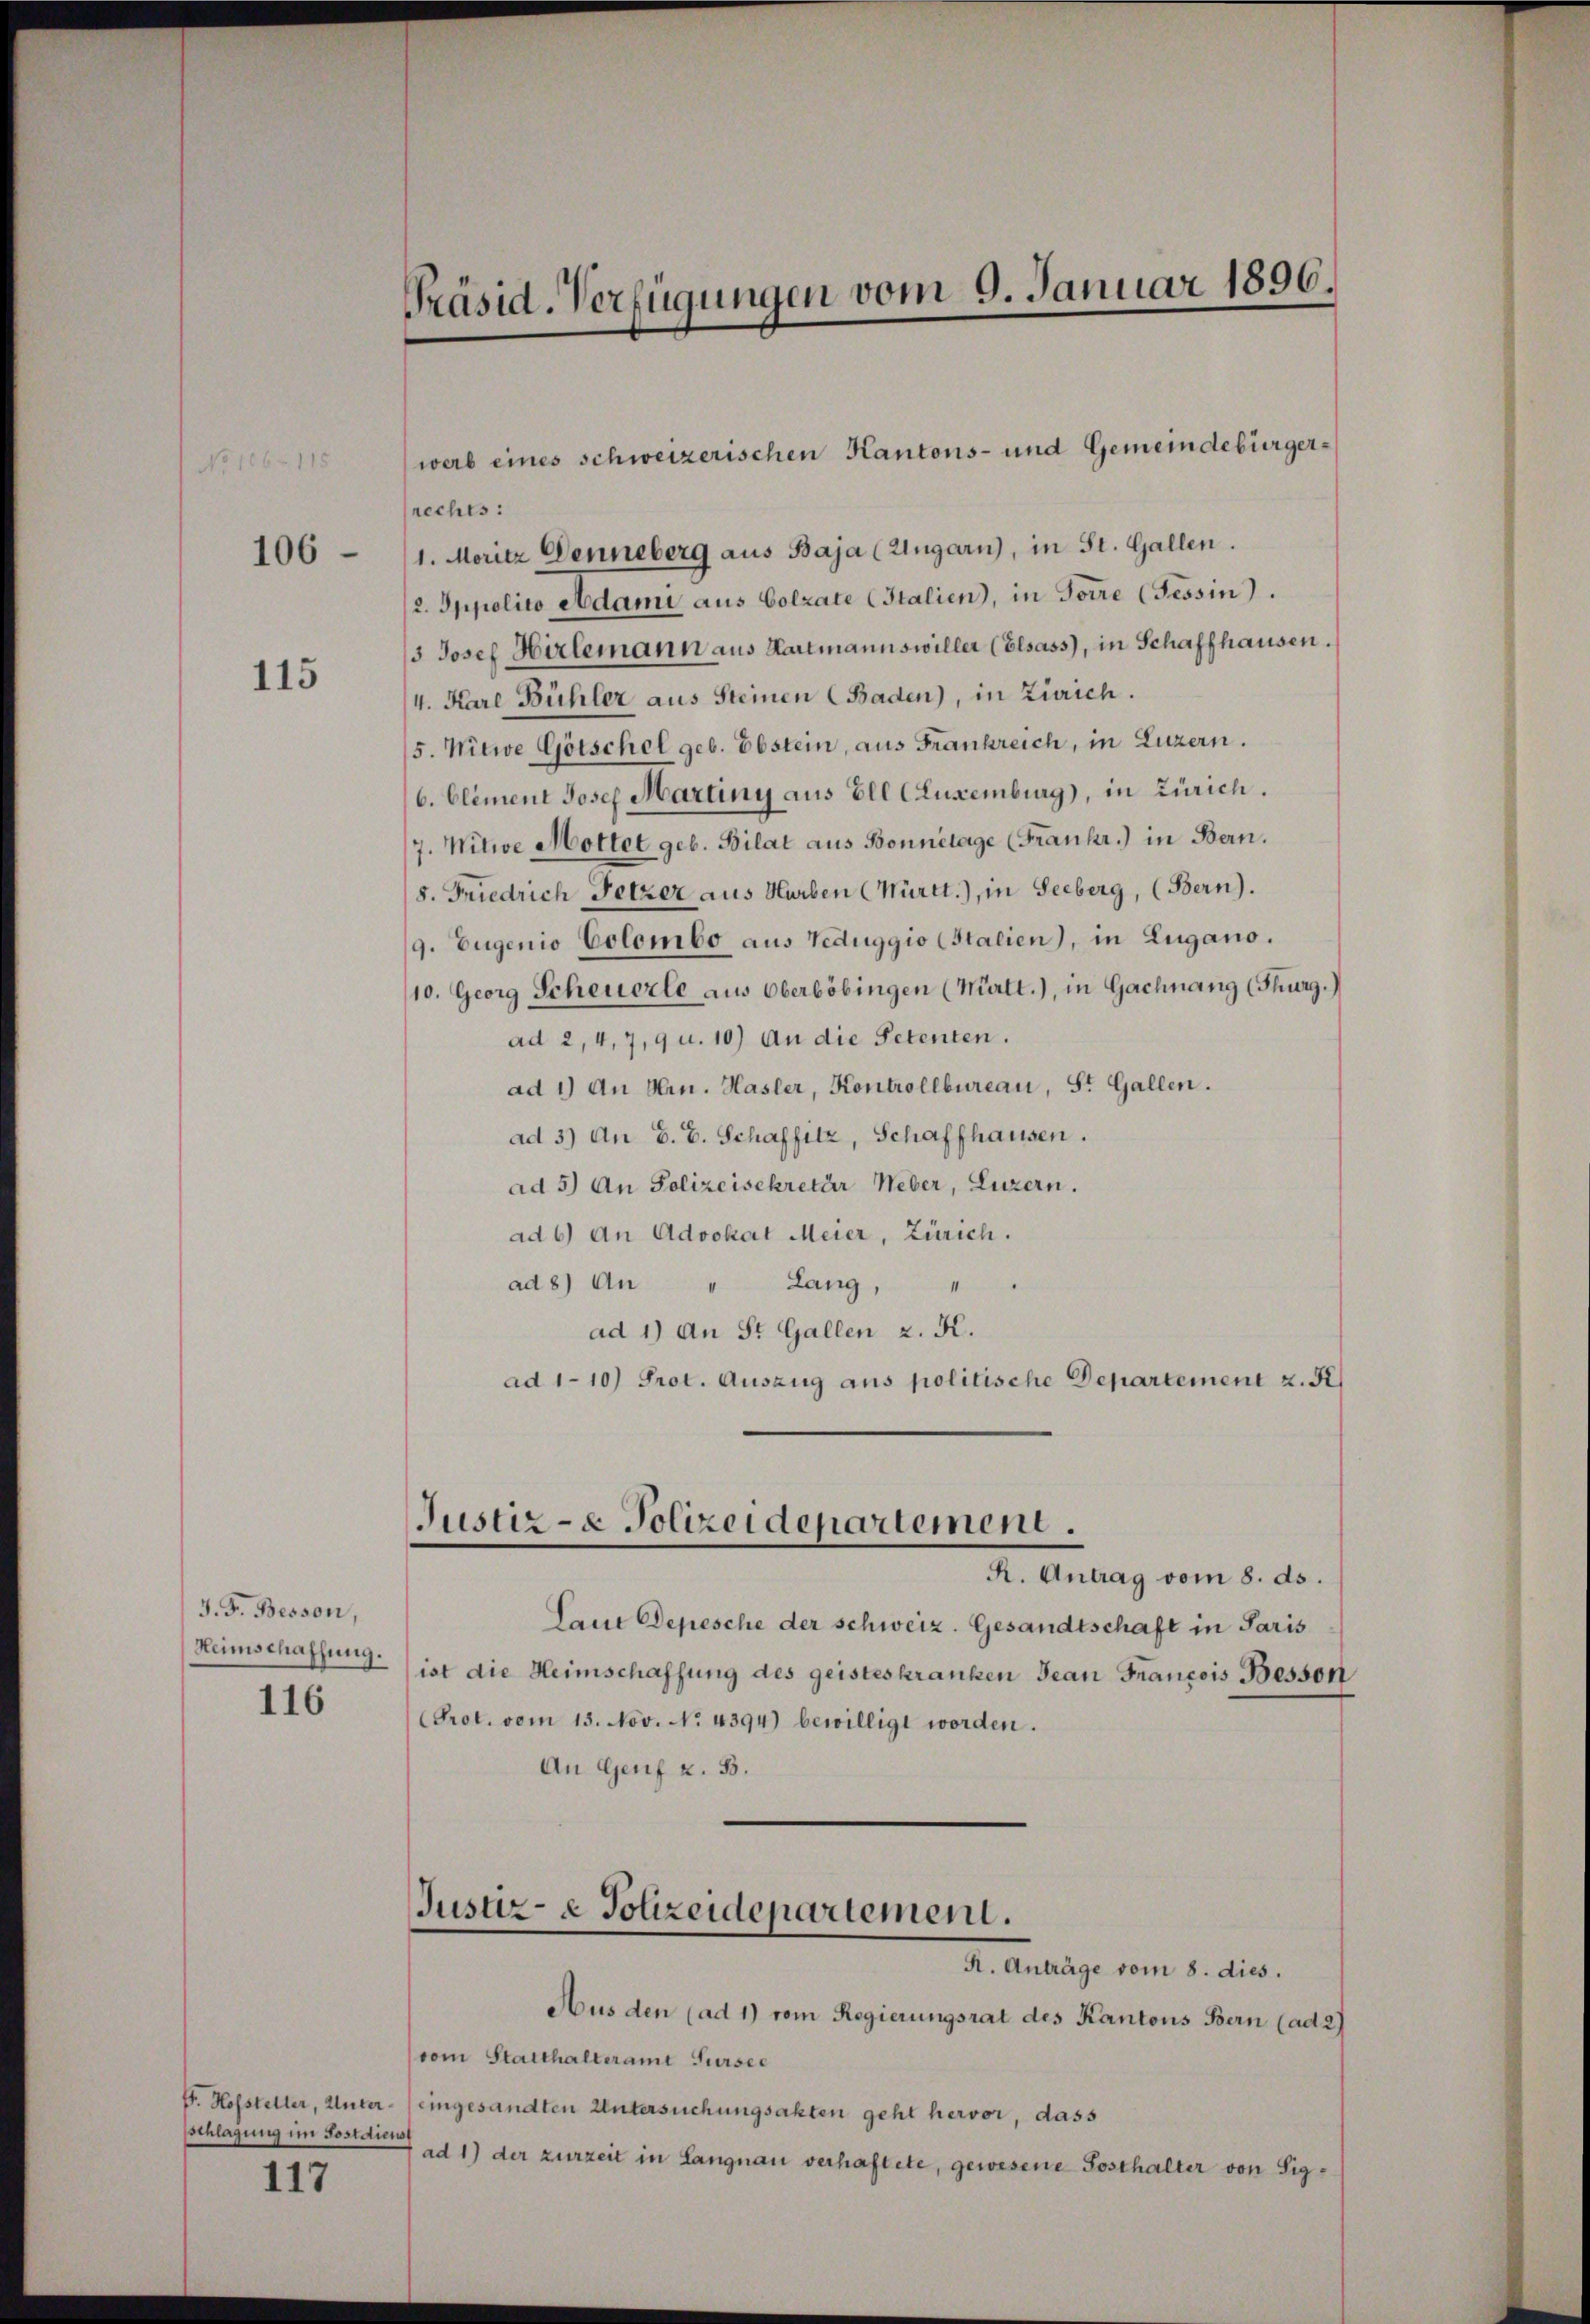
115

106

115

J. F. Besson,
Heimschaffung.
116

schlagung im Postdiens

117

Präsid. Verfügungen vom 9. Januar 1896.

rechts:
1. Moritz Denneberg aus Baja (Ungarn, in St. Gallen.
2. Sppolico Adami aus Colzate (Italien), in Forre (Tessin.
3 Josef Hirlemann aus Hartmannswiller (Elsass, in Schaffhausen,
4. Karl Bühler aus Steinen (Baden), in Zürich.
5. Witwe Götschel geb. Ebstein, aus Frankreich, in Luzern.
6. Clement Josef Martiny aus Ell Cuxemburg), in Zürich.
7. Witwe Mottet geb. Bilat aus Bonnetage (Frankr.) in Bern.
8. Friedrich Fetzer aus Horben (Württ.), in Seeberg, (Bern).
9. Eugenio Colombe aus Teduggio (Stalien), in Zugano.
10. Georg Scheuerle aus Oberböbingen (Mürtt.), in Gachnang (Thurg.)
ad 2, 4, 7, 9 u. 10) An die Petenten.
ad 1) An Hrn. Hasler, Kontrollbureau, St. Gallen.
ad 3) An G. B. Schaffitz, Schaffhausen.
ad 5) An Polizeisekretär Weber, Luzern.
ad 6) an Advokat Meier, Zürich.
ad 8) An " Lang, "
ad 1) An St. Gallen z. K.
ad 110) Prot. Auszug aus politische Departement z. B
Justiz- & Polizeidepartement.
R. Antrag vom 8. ds.
Laut Depesche der schweiz. Gesandtschaft in Paris
ist die Heimschaffung des geisteskranken Jean Francois Besson
Prot. vom 15. Nov. No. 4394) bewilligt worden.
An Genf z. B.

werb eines schweizerischen Kantons- und Gemeindebürger¬

Justiz- & Polizeidepartement.
R. Anträge vom 8. dies.

Aus den (ad 1) vom Regierungsrat des Kantons Bern (ad 2)
vom Statthalteramt Sursee
F. Hofsteller, Unter- eingesandten Untersuchungsakten geht hervor, dass
ad 1) der zurzeit in Langnau verhaftete, gewesene Sosthalter von Sig¬